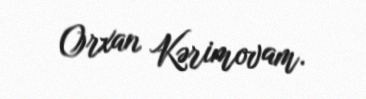
Orxan Kərimovam.